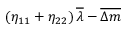
\left( \eta _ { 1 1 } + \eta _ { 2 2 } \right) \overline { { { \lambda } } } - \overline { { { \Delta m } } }